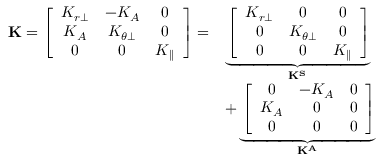
\begin{array} { r l } { \mathbf { K } = \left[ \begin{array} { c c c } { K _ { r \perp } } & { - K _ { A } } & { 0 } \\ { K _ { A } } & { K _ { \theta \perp } } & { 0 } \\ { 0 } & { 0 } & { K _ { \parallel } } \end{array} \right] = } & { \underbrace { \left[ \begin{array} { c c c } { K _ { r \perp } } & { 0 } & { 0 } \\ { 0 } & { K _ { \theta \perp } } & { 0 } \\ { 0 } & { 0 } & { K _ { \parallel } } \end{array} \right] } _ { \mathbf { K ^ { S } } } } \\ & { + \underbrace { \left[ \begin{array} { c c c } { 0 } & { - K _ { A } } & { 0 } \\ { K _ { A } } & { 0 } & { 0 } \\ { 0 } & { 0 } & { 0 } \end{array} \right] } _ { \mathbf { K ^ { A } } } } \end{array}